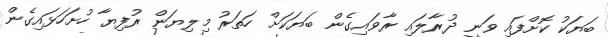
ބަޔަކު ކޮށްފައި ވަނީ ދުރާލައި ރާވައިގެން ބަޔަކަށް ހަތަރު މިލިޔަން ރުފިޔާ ހުށަހަޅައިގެން